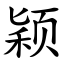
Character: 颖